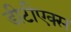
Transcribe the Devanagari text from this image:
डीटीएक्स